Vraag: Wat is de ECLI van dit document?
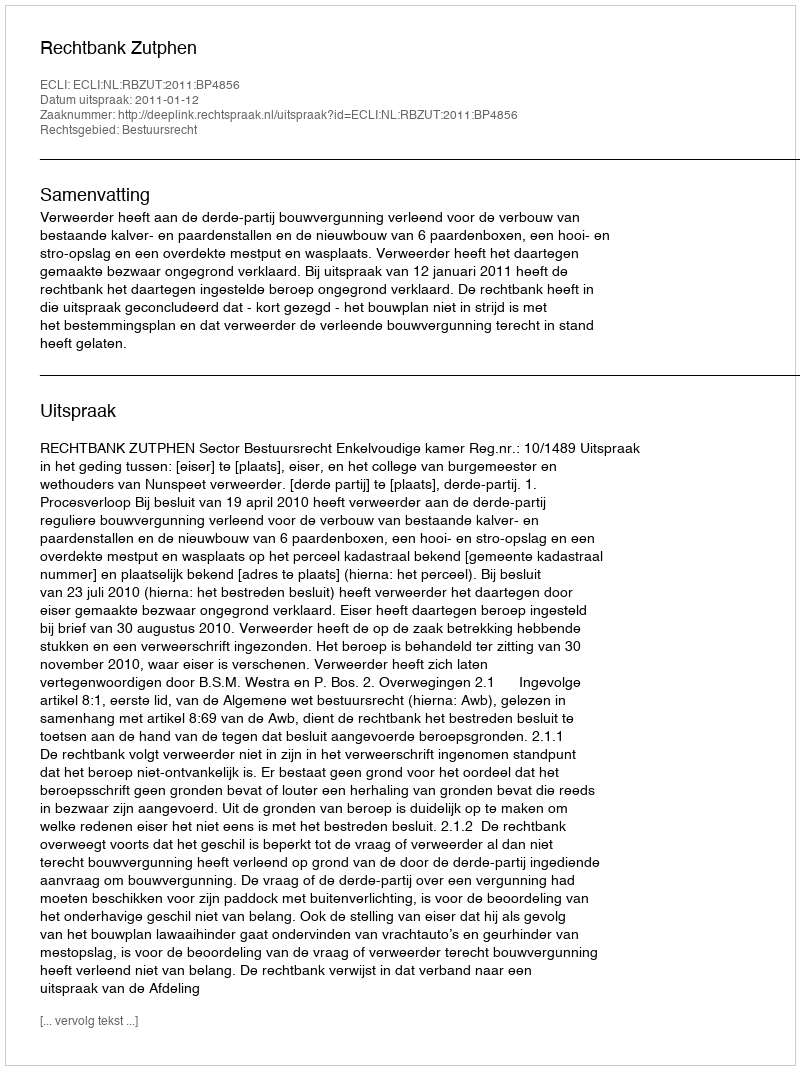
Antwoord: ECLI:NL:RBZUT:2011:BP4856